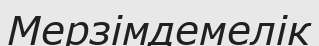
Мерзімдемелік